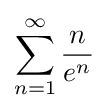
\sum _{n=1}^{\infty }{\frac {n}{e^{n}}}